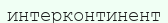
интерконтинент